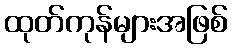
ထုတ်ကုန်များအဖြစ်